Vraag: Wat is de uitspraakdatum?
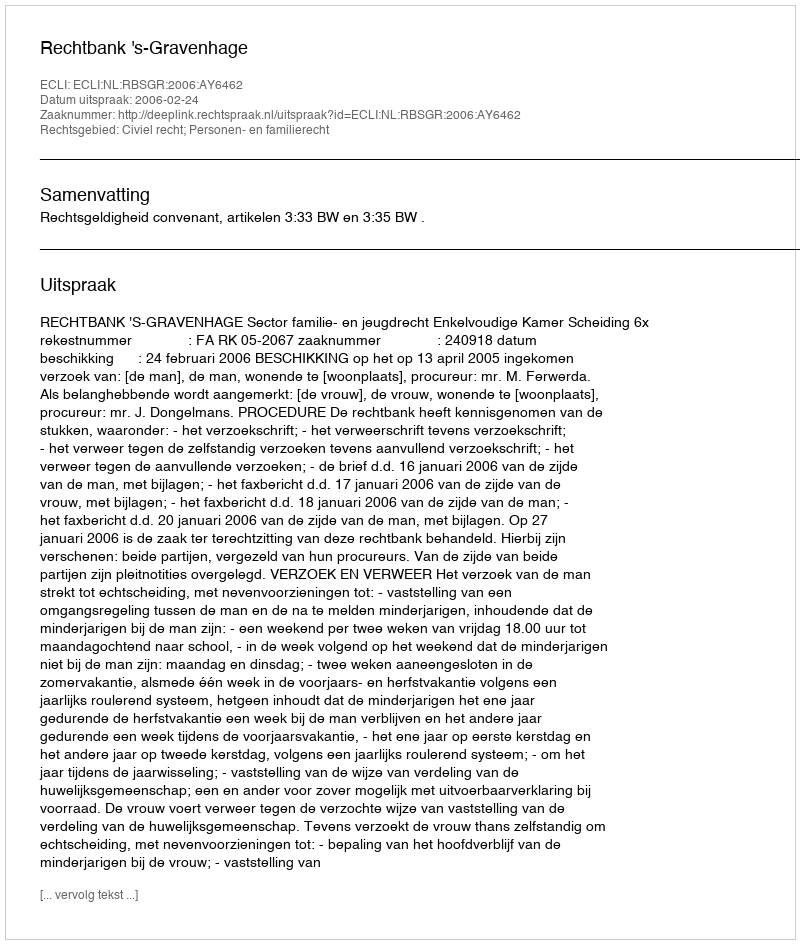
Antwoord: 2006-02-24